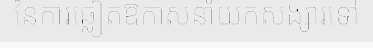
នៃការឆ្លៀតឱកាសនាំយកសង្សារទៅ